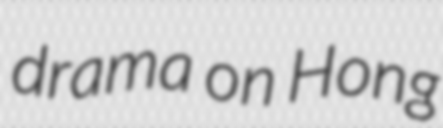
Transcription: drama on Hong